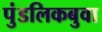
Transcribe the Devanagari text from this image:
पुंडलिकबुवा